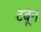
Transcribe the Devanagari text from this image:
टबून